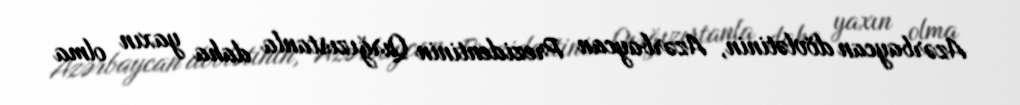
Azərbaycan dövlətinin, Azərbaycan Prezidentinin Qırğızıstanla daha yaxın olma